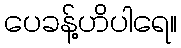
ပေခန့်ဟိပါရေ။